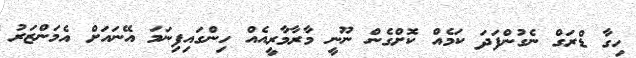
ހިގާ ޑްރަގް ނެގުންފަދަ ކަމެއް ކޮށްގެން ނޫނީ މާރާމާރީއެއް ހިންގައިފިނަމަ އޭނައަށް އެމަންޒަރު